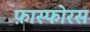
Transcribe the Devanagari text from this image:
फ़ास्फोरस